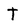
Character: T